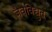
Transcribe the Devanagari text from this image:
जैवविद्युत